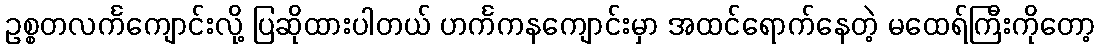
ဥစ္စတလင်္ကကျောင်းလို့ ပြဆိုထားပါတယ် ဟင်္ကကနကျောင်းမှာ အထင်ရောက်နေတဲ့ မထေရ်ကြီးကိုတော့